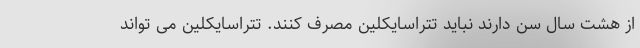
از هشت سال سن دارند نباید تتراسایکلین مصرف کنند. تتراسایکلین می تواند